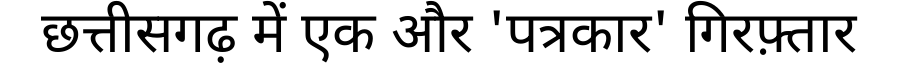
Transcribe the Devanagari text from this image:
छत्तीसगढ़ में एक और 'पत्रकार' गिरफ़्तार